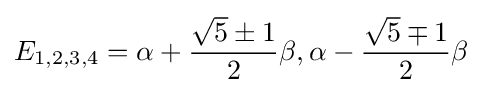
E_{1,2,3,4}=\alpha +{\frac {{\sqrt {5}}\pm 1}{2}}\beta ,\alpha -{\frac {{\sqrt {5}}\mp 1}{2}}\beta